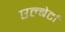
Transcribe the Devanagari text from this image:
एल्बेर्टा